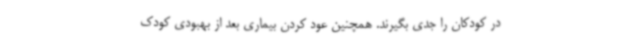
در کودکان را جدی بگیرند. همچنین عود کردن بیماری بعد از بهبودی کودک